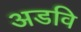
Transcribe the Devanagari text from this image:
अडवि